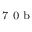
^ \textrm { \scriptsize 7 0 b }